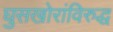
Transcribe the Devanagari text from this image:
घुसखोरांविरुद्ध